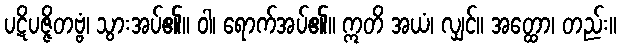
ပဋိပဇ္ဇိတဗ္ဗံ၊ သွားအပ်၏။ ဝါ၊ ရောက်အပ်၏။ ဣတိ အယံ၊ လျှင်။ အတ္ထော၊ တည်း။